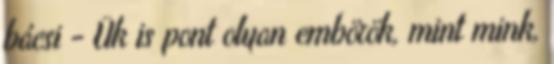
bácsi - Ûk is pont olyan embörök, mint mink,